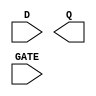
module sky130_fd_sc_hs__dlxtp (
    //# {{data|Data Signals}}
    input  D   ,
    output Q   ,
    //# {{clocks|Clocking}}
    input  GATE
);
    // Voltage supply signals
    supply1 VPWR;
    supply0 VGND;
endmodule